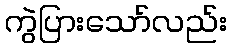
ကွဲပြားသော်လည်း